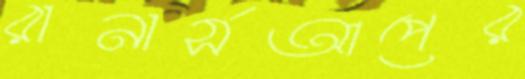
রানার্সআপের